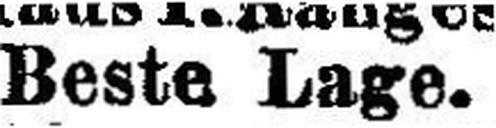
Beste Lage.